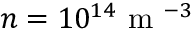
n = 1 0 ^ { 1 4 } \mathrm { ~ m ~ } ^ { - 3 }